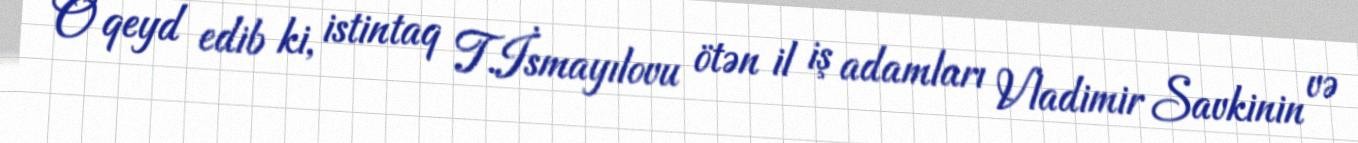
O qeyd edib ki, istintaq T.İsmayılovu ötən il iş adamları Vladimir Savkinin və